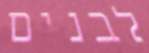
לבנים